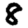
Digit: 8